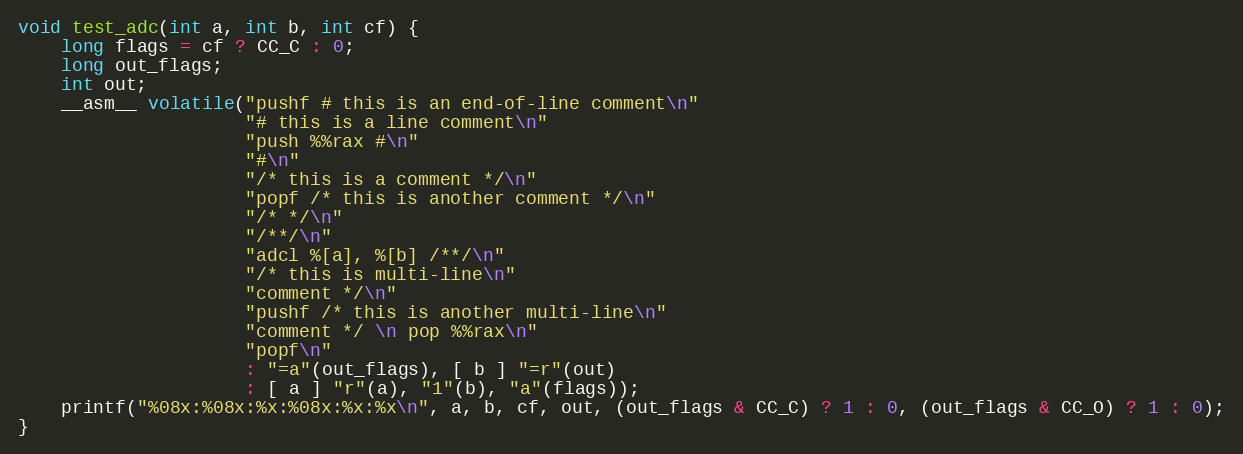
Language: C
void test_adc(int a, int b, int cf) {
    long flags = cf ? CC_C : 0;
    long out_flags;
    int out;
    __asm__ volatile("pushf # this is an end-of-line comment\n"
                     "# this is a line comment\n"
                     "push %%rax #\n"
                     "#\n"
                     "/* this is a comment */\n"
                     "popf /* this is another comment */\n"
                     "/* */\n"
                     "/**/\n"
                     "adcl %[a], %[b] /**/\n"
                     "/* this is multi-line\n"
                     "comment */\n"
                     "pushf /* this is another multi-line\n"
                     "comment */ \n pop %%rax\n"
                     "popf\n"
                     : "=a"(out_flags), [ b ] "=r"(out)
                     : [ a ] "r"(a), "1"(b), "a"(flags));
    printf("%08x:%08x:%x:%08x:%x:%x\n", a, b, cf, out, (out_flags & CC_C) ? 1 : 0, (out_flags & CC_O) ? 1 : 0);
}